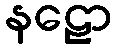
နဠော